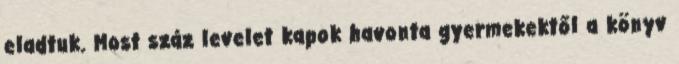
eladtuk. Most száz levelet kapok havonta gyermekektől a könyv